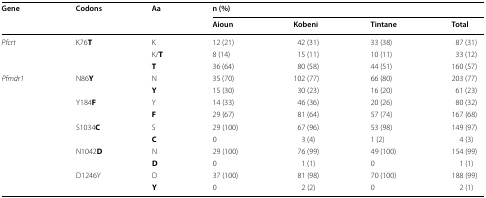
<table><thead><tr><td rowspan="2"><b>Gene</b></td><td rowspan="2"><b>Codons</b></td><td rowspan="2"><b>Aa</b></td><td colspan="4"><b>n (%)</b></td></tr><tr><td><b>Aioun</b></td><td><b>Kobeni</b></td><td><b>Tintane</b></td><td><b>Total</b></td></tr></thead><tbody><tr><td rowspan="3"><i>Pfcrt</i></td><td rowspan="3">K76<b>T</b></td><td>K</td><td>12 (21)</td><td>42 (31)</td><td>33 (38)</td><td>87 (31)</td></tr><tr><td>K/<b>T</b></td><td>8 (14)</td><td>15 (11)</td><td>10 (11)</td><td>33 (12)</td></tr><tr><td><b>T</b></td><td>36 (64)</td><td>80 (58)</td><td>44 (51)</td><td>160 (57)</td></tr><tr><td rowspan="10"><i>Pfmdr1</i></td><td rowspan="2">N86<b>Y</b></td><td>N</td><td>35 (70)</td><td>102 (77)</td><td>66 (80)</td><td>203 (77)</td></tr><tr><td><b>Y</b></td><td>15 (30)</td><td>30 (23)</td><td>16 (20)</td><td>61 (23)</td></tr><tr><td rowspan="2">Y184<b>F</b></td><td>Y</td><td>14 (33)</td><td>46 (36)</td><td>20 (26)</td><td>80 (32)</td></tr><tr><td><b>F</b></td><td>29 (67)</td><td>81 (64)</td><td>57 (74)</td><td>167 (68)</td></tr><tr><td rowspan="2">S1034<b>C</b></td><td>S</td><td>29 (100)</td><td>67 (96)</td><td>53 (98)</td><td>149 (97)</td></tr><tr><td><b>C</b></td><td>0</td><td>3 (4)</td><td>1 (2)</td><td>4 (3)</td></tr><tr><td rowspan="2">N1042<b>D</b></td><td>N</td><td>29 (100)</td><td>76 (99)</td><td>49 (100)</td><td>154 (99)</td></tr><tr><td><b>D</b></td><td>0</td><td>1 (1)</td><td>0</td><td>1 (1)</td></tr><tr><td rowspan="2">D1246Y</td><td>D</td><td>37 (100)</td><td>81 (98)</td><td>70 (100)</td><td>188 (99)</td></tr><tr><td><b>Y</b></td><td>0</td><td>2 (2)</td><td>0</td><td>2 (1)</td></tr></tbody></table>